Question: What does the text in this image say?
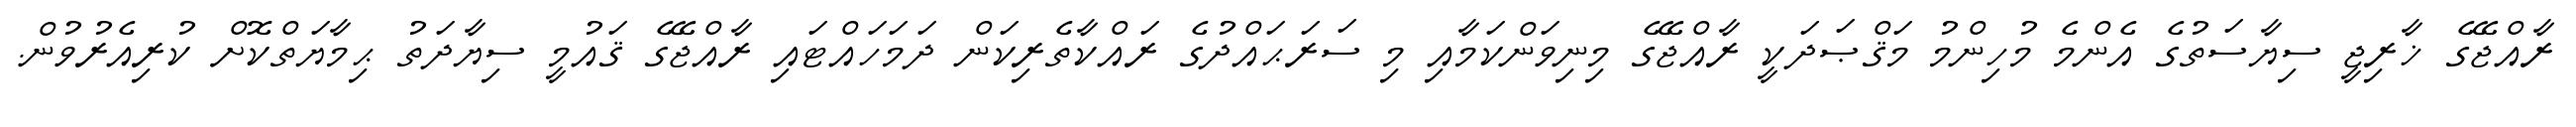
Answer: ރާއްޖޭގެ ޚާރިޖީ ސިޔާސަތުގެ އެންމެ މުހިންމު މަޤްޞަދަކީ ރާއްޖޭގެ މިނިވަންކަމާއި މި ސަރަޙައްދުގެ ރައްކާތެރިކަން ދަމަހައްޓައި ރާއްޖޭގެ ޤައުމީ ސިޔާދަތު ޙިމާޔަތްކޮށް ކުރިއެރުވުން.